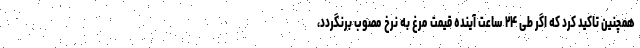
همچنین تاکید کرد که اگر طی ۲۴ ساعت آینده قیمت مرغ به نرخ مصوب برنگردد،